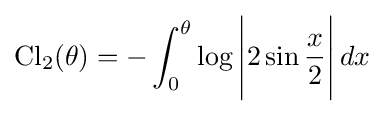
\operatorname {Cl} _{2}(\theta )=-\int _{0}^{\theta }\log {\Bigg |}2\sin {\frac {x}{2}}{\Bigg |}\,dx